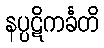
နပ္ပဋိကင်္ခတိ